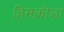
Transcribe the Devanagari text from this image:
हिमक्रीडा